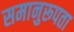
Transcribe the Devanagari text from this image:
समानुरूपता